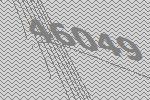
46049